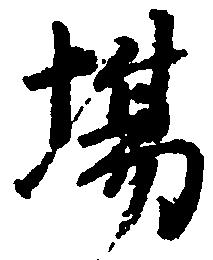
場